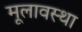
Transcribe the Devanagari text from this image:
मूलावस्था